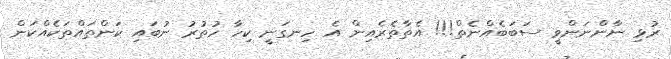
ރުޅި ނާންނަންވީ ސަބަބެއްނެތް!!! އެތާތެރެއިން އެ ހިނގަނީ ކިހާ ހުތުރު ނުބައި ކަންތައްތަކެއްކަން